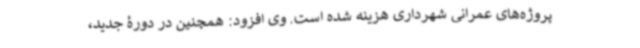
پروژه‌های عمرانی شهرداری هزینه شده است. وی افزود: همچنین در دورۀ جدید،